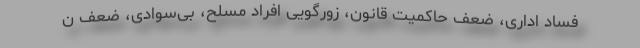
فساد اداری، ضعف حاکمیت قانون، زورگویی افراد مسلح، بی‌سوادی، ضعف ن